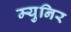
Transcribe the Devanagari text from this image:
म्युनिर